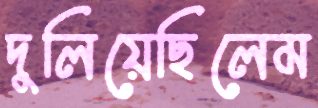
দুলিয়েছিলেম